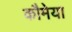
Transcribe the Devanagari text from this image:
कौमेया